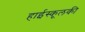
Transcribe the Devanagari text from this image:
हाईस्कूलकी